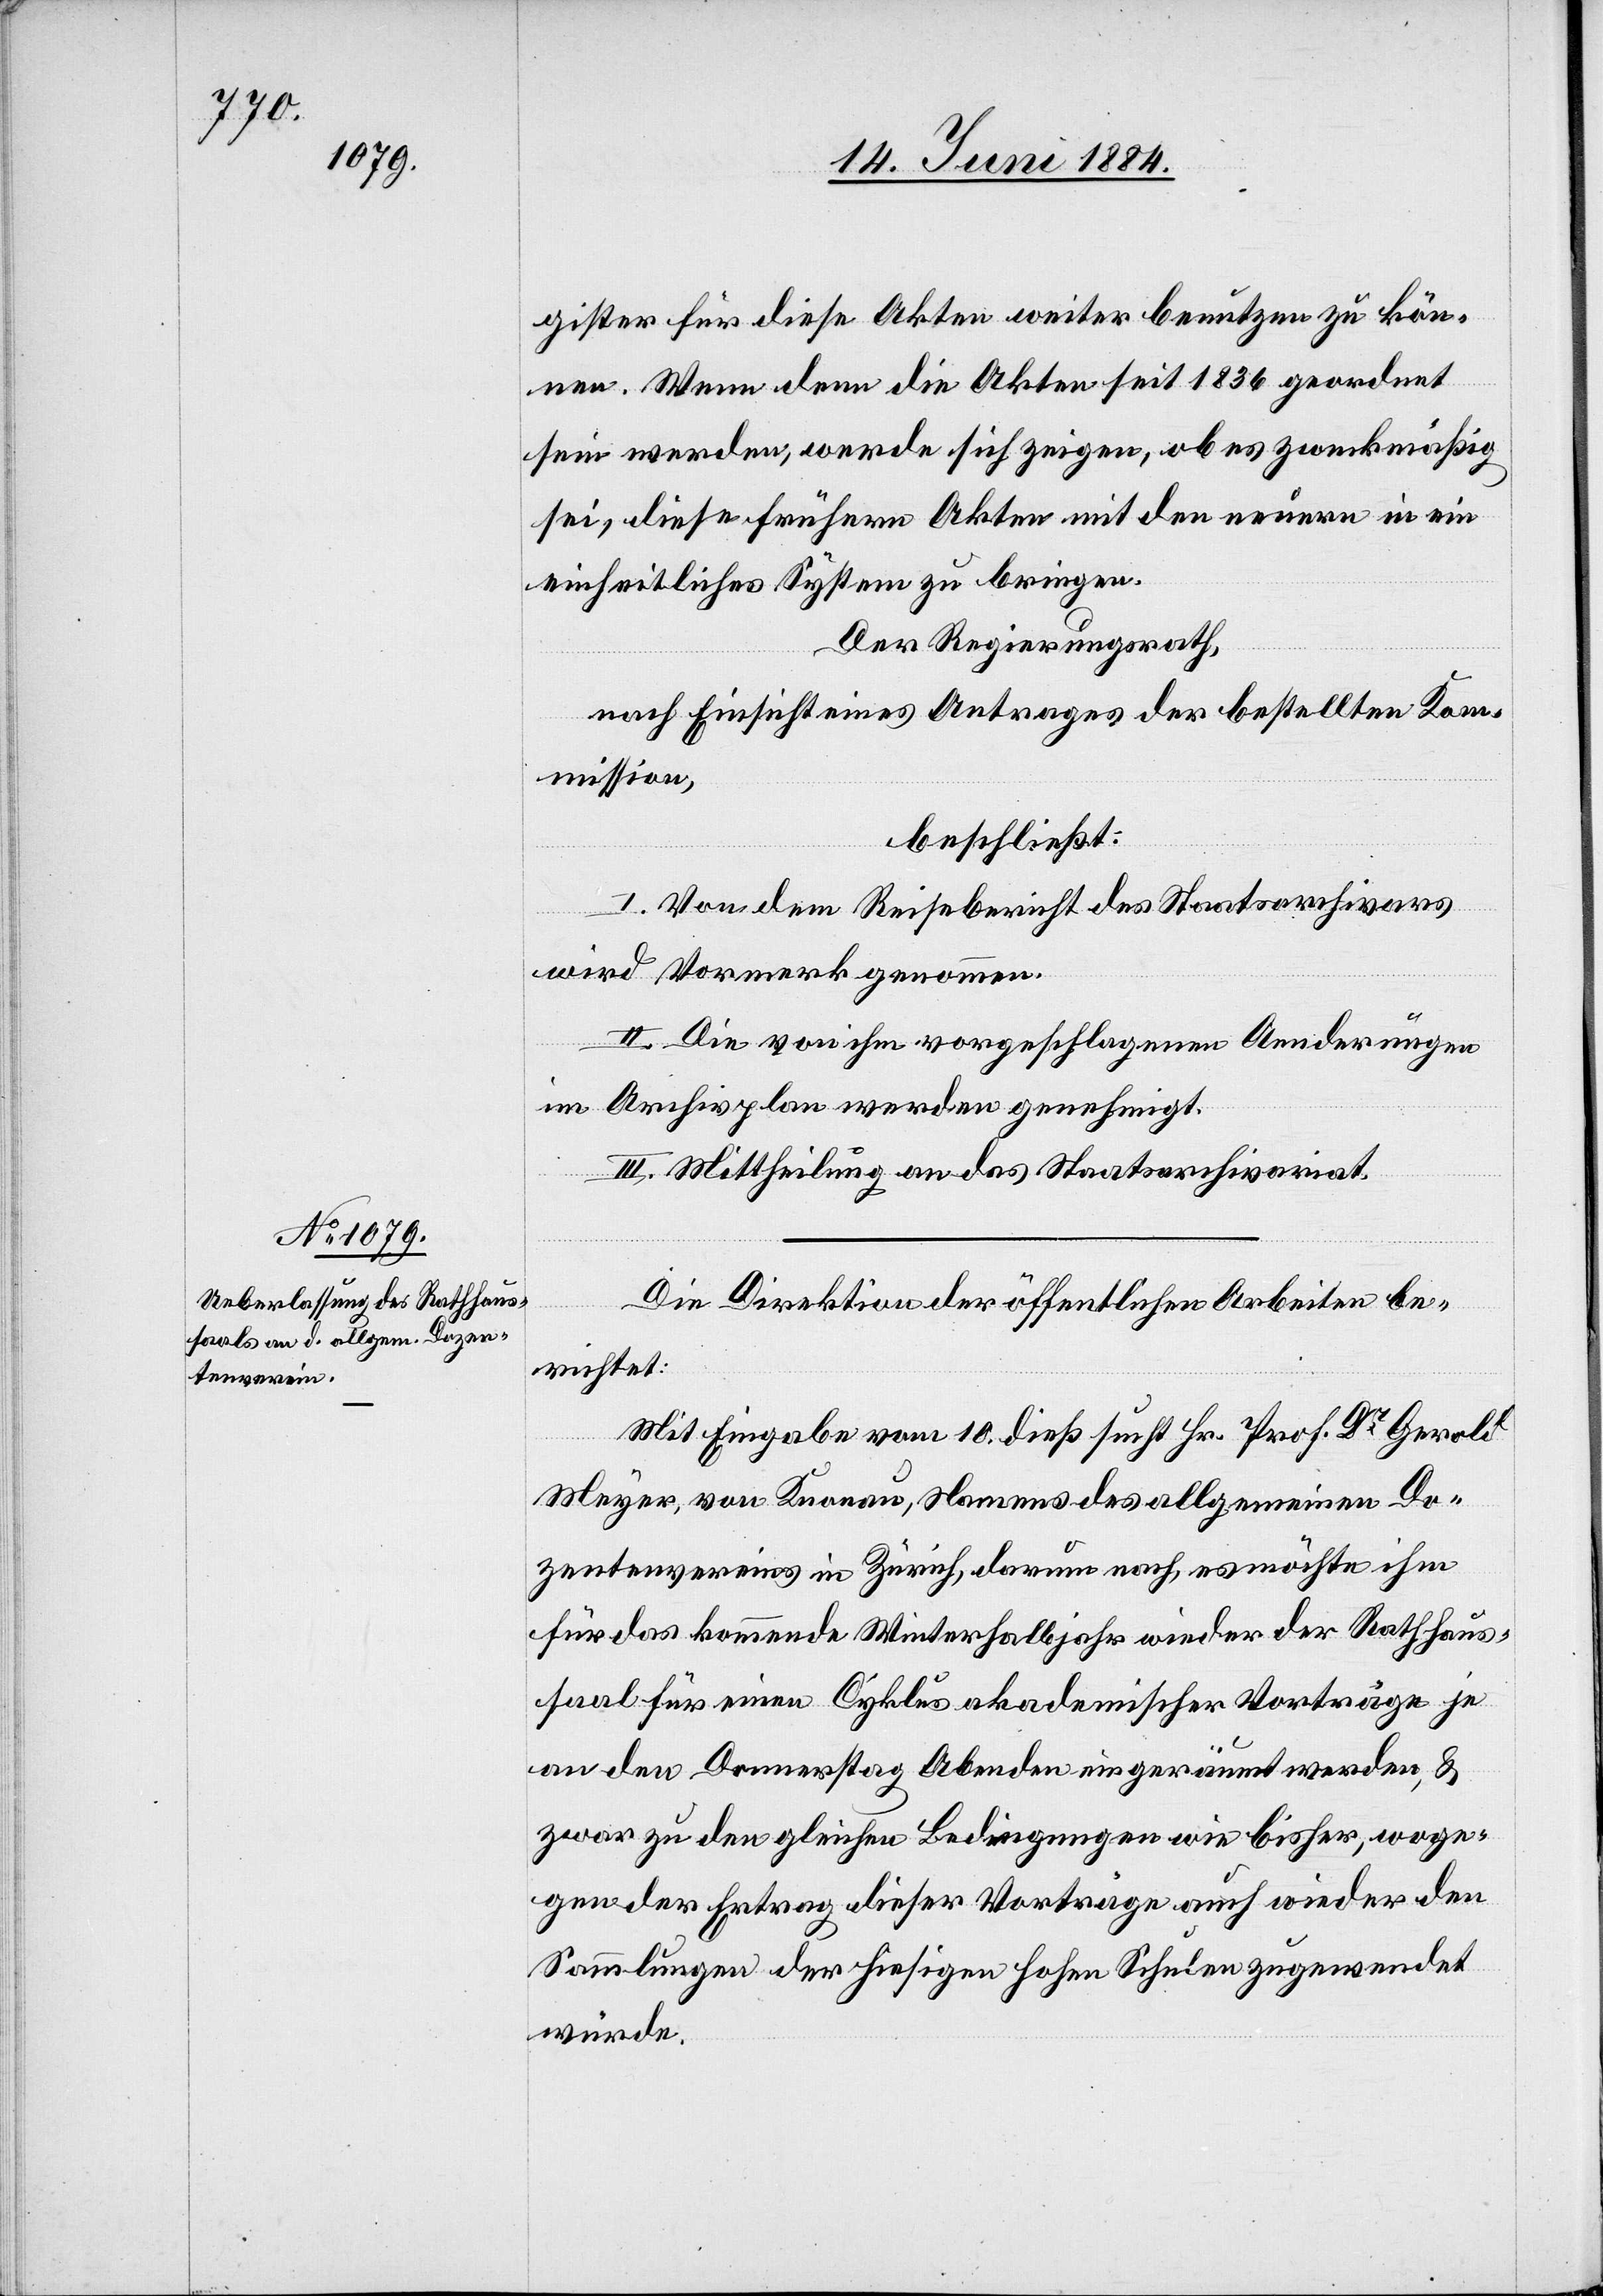
gister für diese Akten weiter benutzen zu kön¬
nen. Wenn denn die Akten seit 1836 geordnet
sein werden, werde sich zeigen, ob es zweckmäßig
sei, diese frühern Akten mit den neuern in ein
einheitliches System zu bringen.
Der Regierungsrath,
nach Einsicht eines Antrages der bestellten Kom¬
mission,
beschließt:
I. Von dem Reisebericht des Staatsarchivars
wird Vormerk genommen.
II. Die von ihm vorgeschlagenen Aenderungen
im Archivplan werden genehmigt.
III. Mittheilung an das Staatsarchivariat.
Die Direktion der öffentlichen Arbeiten be¬
richtet:
Mit Eingabe vom 10. dieß sucht Hr. Prof. Dr Gerold
Meyer, von Knonau, Namens des allgemeinen Do¬
zentenvereins in Zürich, darum nach, es möchte ihm
für das kommende Winterhalbjahr wieder der Rathhaus¬
saal für einen Cyklus akademischer Vorträge je
an den Donnerstag Abenden eingeräumt werden, &
zwar zu den gleichen Bedingungen wie bisher, woge¬
gen der Ertrag dieser Vorträge auch wieder den
Sammlungen der hiesigen hohen Schulen zugewendet
würde.